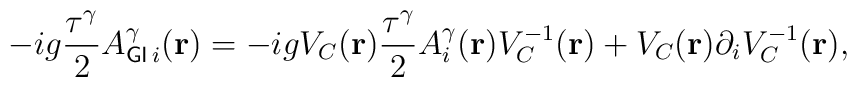
-ig\frac{\tau^{\gamma}}{2}A_{{\sf GI}\,i}^{\gamma}({\bf{r}})=-igV_C({\bf{r}})\frac{\tau^{\gamma}}{2}A_{i}^{\gamma}({\bf{r}})V_C^{-1}({\bf{r}})+V_C({\bf{r}}){\partial}_iV_C^{-1}({\bf{r}}),